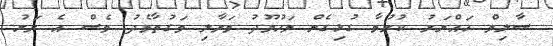
ސާލިމް ހައްޔަރު ކުރުމާ ގުޅިގެން މަހުމޫދު މަރާލި ވަގުތާމެދު ވެސް އެ ރަށު